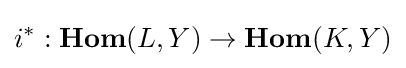
i^{*}:{\textbf {Hom}}(L,Y)\to {\textbf {Hom}}(K,Y)